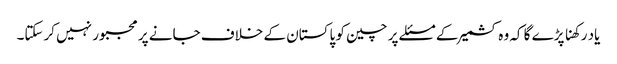
یاد رکھنا پڑے گا کہ وہ کشمیر کے مسئلے پر چین کو پاکستان کے خلاف جانے پر مجبور نہیں کرسکتا۔